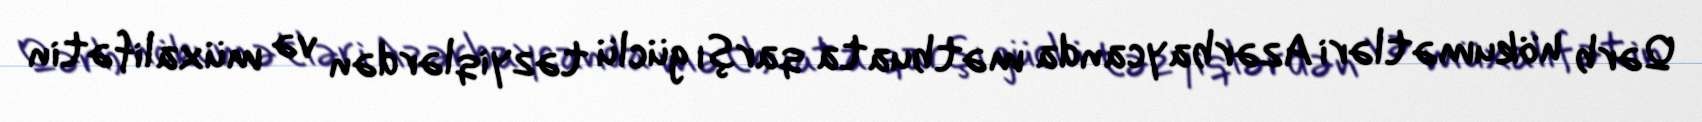
Qərb hökumətləri Azərbaycanda mətbuata qarşı güclü təzyiqlərdən və müxalifətin